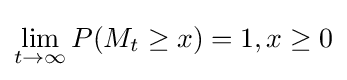
\lim _{t\rightarrow \infty }P(M_{t}\geq x)=1,x\geq 0